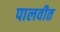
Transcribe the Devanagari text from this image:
पालवीत